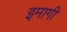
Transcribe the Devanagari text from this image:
इमागी